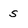
Character: s